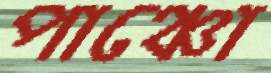
পাঞ্চো